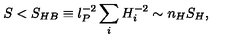
S < S _ { H B } \equiv l _ { P } ^ { - 2 } \sum _ { i } H _ { i } ^ { - 2 } \sim n _ { H } S _ { H } ,